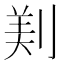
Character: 𠝫